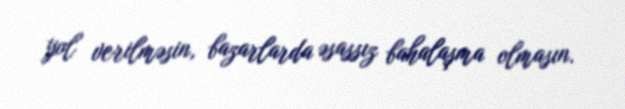
yol verilməsin, bazarlarda əsassız bahalaşma olmasın.